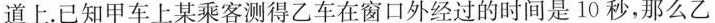
道上.已知甲车上某乘客测得乙车在窗口外经过的时间是10秒，那么乙